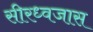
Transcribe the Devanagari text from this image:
सीरध्वजास